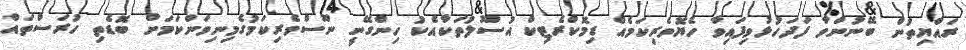
ރައްޔިތުން ބޭނުންވާ ފަދަހުޅުވިފައިވާ ހެޔޮވެރިކަމެއް ޑިމޮކްރެޓިކް އުސޫލުތަކާއެކު ހިންގޭނީ ނޫސްވެރިކަމުގެމިނިވަންކަމަށް ބޮޑެތި ހުރަސްތައް